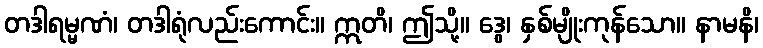
တဒါရမ္မဏံ၊ တဒါရုံလည်းကောင်း။ ဣတိ၊ ဤသို့။ ဒွေ၊ နှစ်မျိုးကုန်သော။ နာမနိ၊